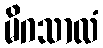
မိဂသာလံ